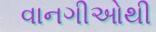
વાનગીઓથી